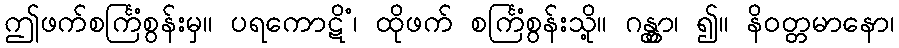
ဤဖက်စင်္ကြံစွန်းမှ။ ပရကောဋိံ၊ ထိုဖက် စင်္ကြံစွန်းသို့။ ဂန္တွာ၊ ၍။ နိဝတ္တမာနော၊